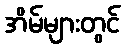
အိမ်များတွင်